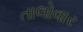
તાલોવાર